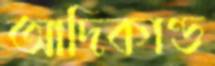
আদিকাণ্ড